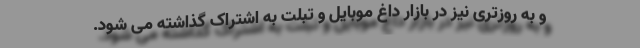
و به روزتری نیز در بازار داغ موبایل و تبلت به اشتراک گذاشته می شود.